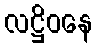
လဋ္ဌိဝနေ